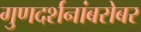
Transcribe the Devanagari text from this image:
गुणदर्शनांबरोबर